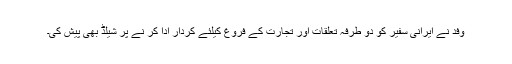
وفد نے ایرانی سفیر کو دو طرفہ تعلقات اور تجارت کے فروغ کیلئے کردار ادا کر نے پر شیلڈ بھی پیش کی۔